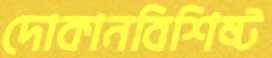
দোকানবিশিষ্ট